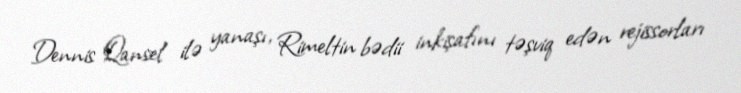
Dennis Qansel ilə yanaşı, Rimeltin bədii inkişafını təşviq edən rejissorları